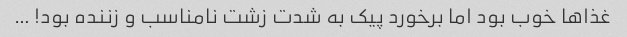
غذاها خوب بود اما برخورد پیک به شدت زشت نامناسب و زننده بود! …